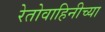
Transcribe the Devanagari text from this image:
रेतोवाहिनीच्या